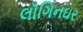
લૉગિનઘર